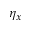
\eta _ { x }